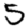
Digit: 5